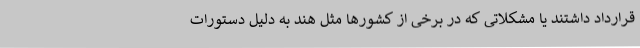
قرارداد داشتند یا مشکلاتی که در برخی از کشورها مثل هند به دلیل دستورات